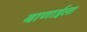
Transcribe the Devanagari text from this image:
बाणाईला